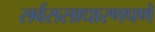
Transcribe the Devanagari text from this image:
सर्वससाधारणपणे